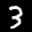
Digit: 3